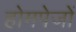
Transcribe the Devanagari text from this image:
होमपेजों